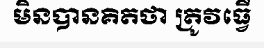
មិនបានគិតថា ត្រូវធ្វើ